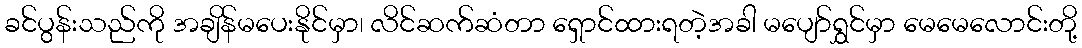
ခင်ပွန်းသည်ကို အချိန်မပေးနိုင်မှာ၊ လိင်ဆက်ဆံတာ ရှောင်ထားရတဲ့အခါ မပျော်ရွှင်မှာ မေမေလောင်းတို့